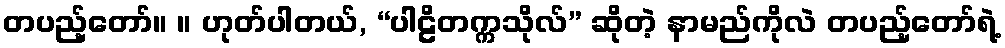
တပည့်တော်။ ။ ဟုတ်ပါတယ်, “ပါဠိတက္ကသိုလ်” ဆိုတဲ့ နာမည်ကိုလဲ တပည့်တော်ရဲ့